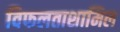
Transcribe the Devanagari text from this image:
विफलताशामिल